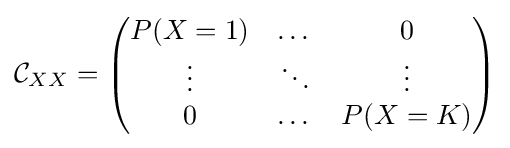
{\mathcal {C}}_{XX}={\begin{pmatrix}P(X=1)&\dots &0\\\vdots &\ddots &\vdots \\0&\dots &P(X=K)\\\end{pmatrix}}